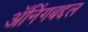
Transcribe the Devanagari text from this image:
ॲनिंगबद्दल